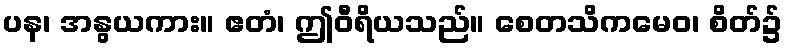
ပန၊ အနွယကား။ ဧတံ၊ ဤဝီရိယသည်။ စေတသိကမေဝ၊ စိတ်၌